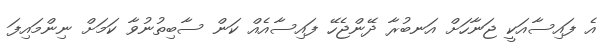
އެ ފައިސާއަކީ ޖަނާހަށް އަނބުރާ ދޭންޖެހޭ ފައިސާއެއް ކަން ސާބިތުނުވާ ކަމަށް ނިންމައިފަ